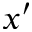
x ^ { \prime }